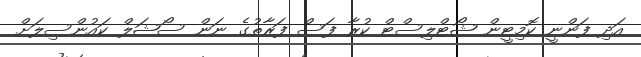
އަދި ފަންނީ ކޮމިޓީން ޝޯޓްލިސްޓް ކުރާ ފަސް ފަރާތުގެ ނަން ސޯޝަލް ކައުންސިލަށް